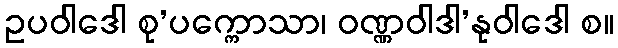
ဥပဝါဒေါ စု’ပက္ကောသာ၊ ဝဏ္ဏဝါဒါ’နုဝါဒေါ စ။